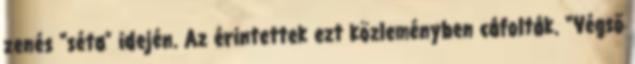
zenés “séta” idején. Az érintettek ezt közleményben cáfolták. “Végső